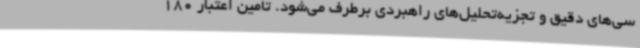
سی‌های دقیق و تجزیه‌تحلیل‌های راهبردی برطرف می‌شود. تامین اعتبار 180